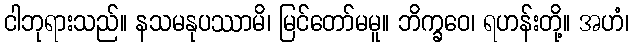
ငါဘုရားသည်။ နသမနုပဿာမိ၊ မြင်တော်မမူ။ ဘိက္ခဝေ၊ ရဟန်းတို့။ အဟံ၊